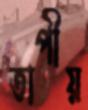
তাপীয়